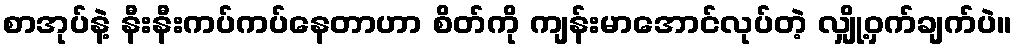
စာအုပ်နဲ့ နီးနီးကပ်ကပ်နေတာဟာ စိတ်ကို ကျန်းမာအောင်လုပ်တဲ့ လျှို့ဝှက်ချက်ပဲ။